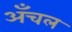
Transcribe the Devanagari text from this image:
अँचल